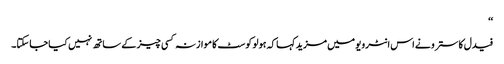
‘‘
فیدل کاسترو نے اس انٹرویو میں مزید کہا کہ ہولو کوسٹ کا موازنہ کسی چیز کے ساتھ نہیں کیا جا سکتا۔